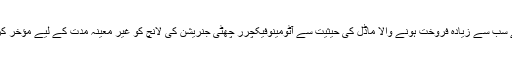
ہونڈا کے سب سے زیادہ فروخت ہونے والا ماڈل کی حیثیت سے آٹومینوفیکچرر چھٹی جنریشن کی لانچ کو غیر معینہ مدت کے لیے مؤخر کردیا ہے۔